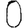
Digit: 0